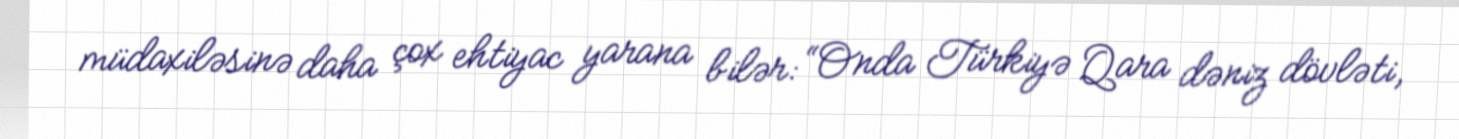
müdaxiləsinə daha çox ehtiyac yarana bilər: “Onda Türkiyə Qara dəniz dövləti,